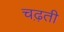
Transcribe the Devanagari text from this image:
चढ़़ती